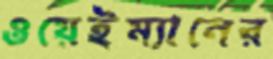
ওয়েইম্যানের